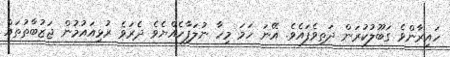
ހައިރާންވެ ގަބޫލުކުރަން ދަތިވެފައެވެ. އޭނަ ހަމަ މިހާ ނުލަފާހެއްޔެވެ ދެރަވެ ރުޅިއައުމުން ޖަޒުބާތުތައް